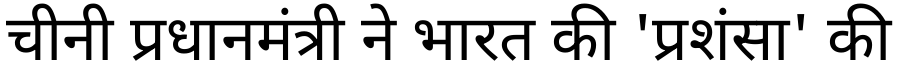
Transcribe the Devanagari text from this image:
चीनी प्रधानमंत्री ने भारत की 'प्रशंसा' की